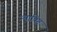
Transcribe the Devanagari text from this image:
न्याविष्ट